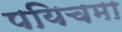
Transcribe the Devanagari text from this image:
पयिचमा